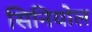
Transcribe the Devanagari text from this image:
सिनियोल